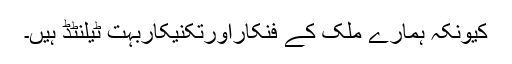
کیونکہ ہمارے ملک کے فنکاراورتکنیکاربہت ٹیلنٹڈ ہیں۔